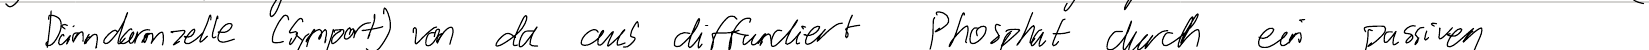
Dünndarmzelle (Symport) von da aus diffundiert Phosphat durch ein passiven